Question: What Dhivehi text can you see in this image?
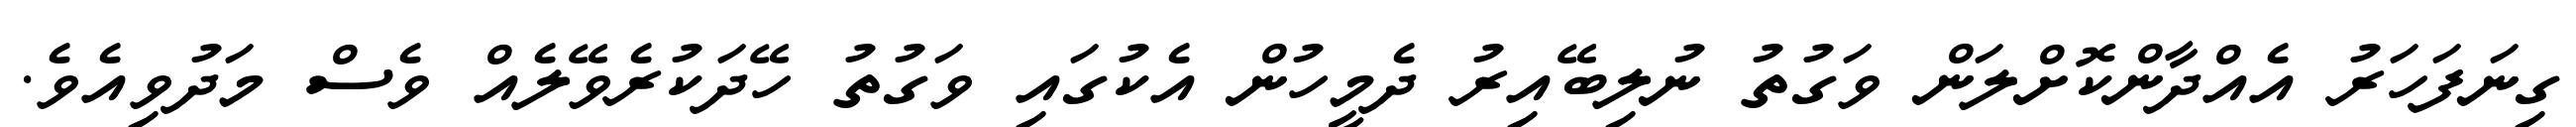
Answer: ގިނަފަހަރު އެއްދާންކޮށްލަން ވަގުތު ނުލިބޭއިރު ދެމީހުން އެކުގައި ވަގުތު ހޭދަކުރެވޭލެއް ވެސް މަދުވިއެވެ.